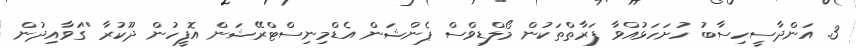
3. އަންދާސީހިސާބު ހުށަހަޅުއްވާ ފަރާތްތަކުން މޯލްޑިވްސް ޕެންޝަން އެޑްމިނިސްޓްރޭޝަން އޮފީހުން ދޫކުރާ ''ގަވާއިދުން